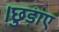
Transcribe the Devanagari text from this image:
।छुड़ाए